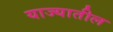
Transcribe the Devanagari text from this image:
याज्यातील